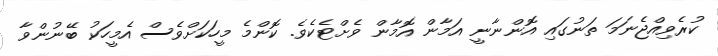
ކުރެވިއްޖެނަމަ ތަނުގައި އޮންނާނީ އަމާން އޮމާން ވެށްޓެކެވެ. ކޮންމެ މީހަކަށްވެސް އެމީހަކު ބޭނުންވާ